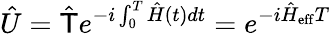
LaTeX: \hat{U}=\hat{\mathsf{T}}e^{-i\int_{0}^{T}\hat{H}(t)dt}=e^{-i\hat{H}_{\mathrm{eff}}T}